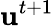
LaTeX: {\boldsymbol{\mathbf{u}}}^{t+1}